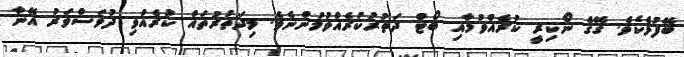
ބޭފުޅެކެވެ. ގޭގެ ނޯކިރީ ކުރެއްވުމާއި ބޯޓް ދަތުރުކުރެއްވުމުންނެވެ. މިދަތުރުތައް ކުރެއްވި ދުވަސްވަރު އޭނާ